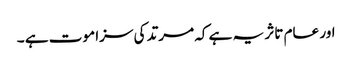
اور عام تاثر یہ ہے کہ مرتد کی سزا موت ہے ۔